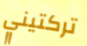
تركتيني